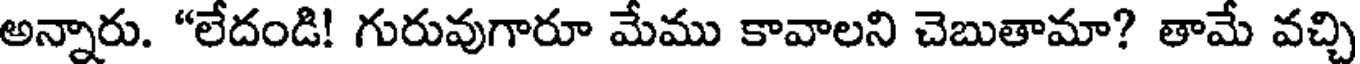
అన్నారు. "లేదండి! గురువుగారూ మేము కావాలని చెబుతామా? తామే వచ్చి